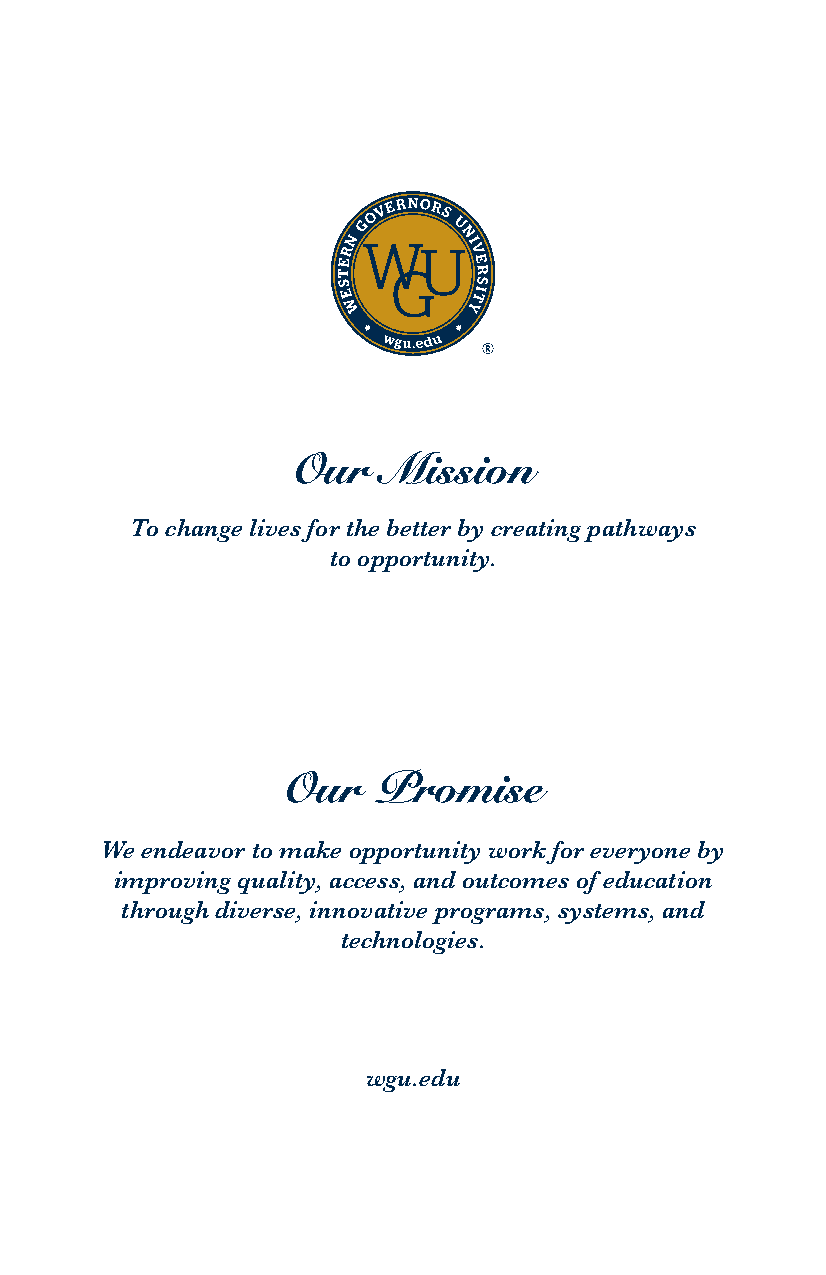
Our   Mission
 To change lives for the better by creating pathways
 to opportunity.
 Our   Promise
 We endeavor to make opportunity work for everyone by
 improving quality, access, and outcomes of education
 through diverse, innovative programs, systems, and
 technologies.
 wgu.edu